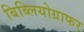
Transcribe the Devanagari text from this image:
बिब्लियोग्राफर